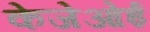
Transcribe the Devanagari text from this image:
केजेओई